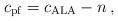
LaTeX: \begin{align*} c_{\rm pf} = c_{\rm ALA} -n \, ,\end{align*}